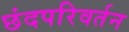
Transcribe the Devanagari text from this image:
छंदपरिवर्तन